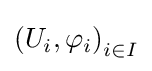
\left(U_{i},\varphi _{i}\right)_{i\in I}